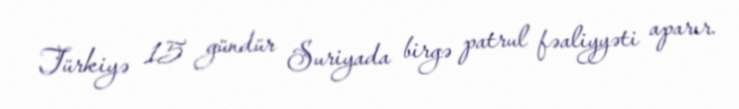
Türkiyə 15 gündür Suriyada birgə patrul fəaliyyəti aparır.